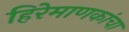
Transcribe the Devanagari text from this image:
हिरेमाणकांचा